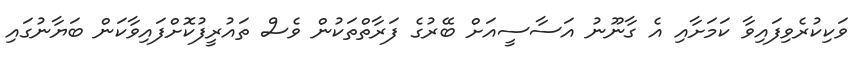
ވަކިކުރެވިފައިވާ ކަމަށާއި އެ ގާނޫނު އަސާސީއަށް ބޭރުގެ ފަރާތްތަކުން ވެސް ތައުރީފުކޮށްފައިވާކަން ބަޔާނުގައި